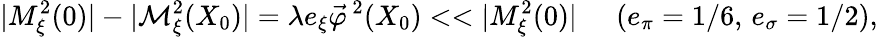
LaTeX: |M_{\xi}^{2}(0)|-|{\cal M}_{\xi}^{2}(X_{0})|=\lambda e_{\xi}\vec{\varphi}^{\, 2}(X_{0})<<|M_{\xi}^{2}(0)|\; \; \; \; \; (e_{\pi}=1/6,\, e_{\sigma}=1/2),